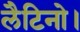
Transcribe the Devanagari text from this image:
लैटिनो।